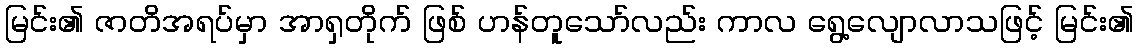
မြင်း၏ ဇာတိအရပ်မှာ အာရှတိုက် ဖြစ် ဟန်တူသော်လည်း ကာလ ရွေ့လျောလာသဖြင့် မြင်း၏